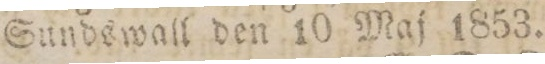
Sundswall den 10 Maj 1853.